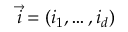
\vec { i } = ( i _ { 1 } , \dots , i _ { d } )